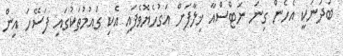
ބަދަނަކީ އެހެން ގިނަ ނަޓްސްއާ ޚިލާފަށް އަގުހެޔޮވެފައި އެކި ގައުމުތަކުގައި ފަސޭހަ އިން